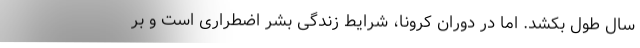
سال طول بکشد. اما در دوران کرونا، شرایط زندگی بشر اضطراری است و بر